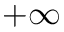
+ \infty